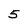
Character: 5